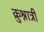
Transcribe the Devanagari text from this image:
क्रुश्नात्री